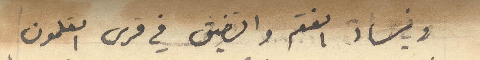
وساد الفقر والضيق في قرى القلمون